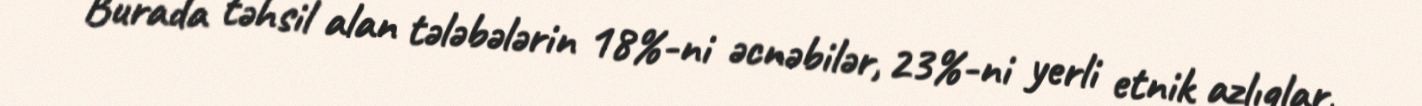
Burada təhsil alan tələbələrin 18%-ni əcnəbilər, 23%-ni yerli etnik azlıqlar,